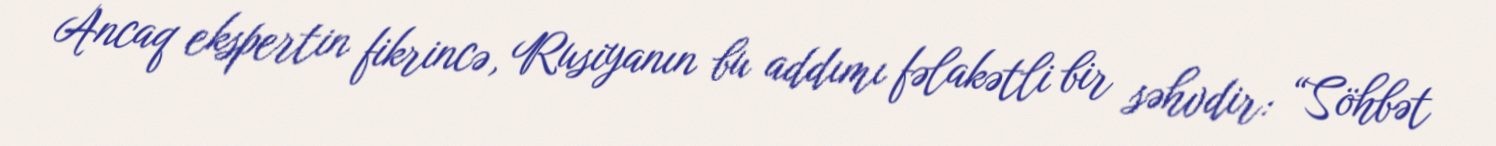
Ancaq ekspertin fikrincə, Rusiyanın bu addımı fəlakətli bir səhvdir: “Söhbət